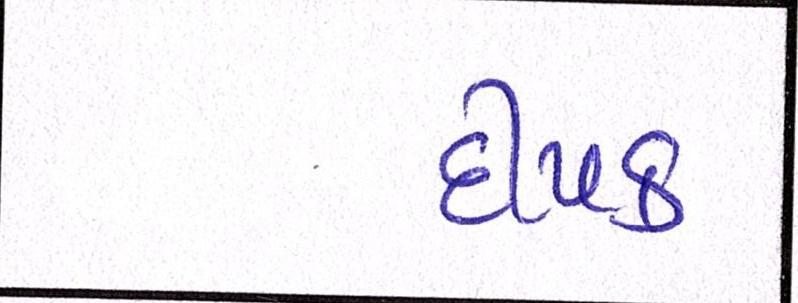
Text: દીપક